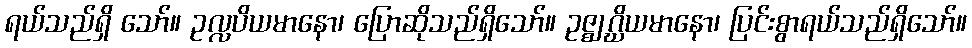
ရယ်သည်ရှိ သော်။ ဥလ္လပိယမာနော၊ ပြောဆိုသည်ရှိသော်။ ဥဇ္ဈဂ္ဃိယမာနော၊ ပြင်းစွာရယ်သည်ရှိသော်။